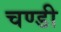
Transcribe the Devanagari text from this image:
चण्‍डी